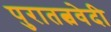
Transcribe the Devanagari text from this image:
पुरातत्ववेदी